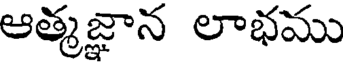
ఆత్మజ్ఞాన లాభము